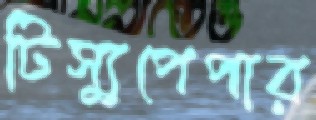
টিস্যুপেপার